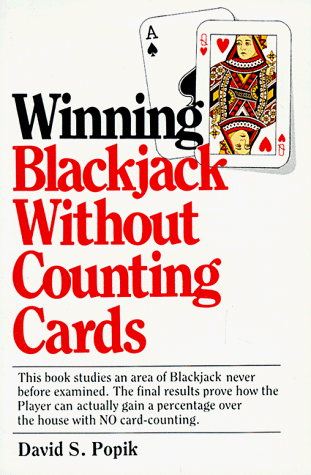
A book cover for Winning Blackjack Without Counting Cards; David S. Popik; Humor & Entertainment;